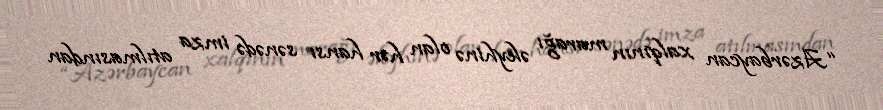
“Azərbaycan xalqının marağı əleyhinə olan hər hansı sənədə imza atılmasından